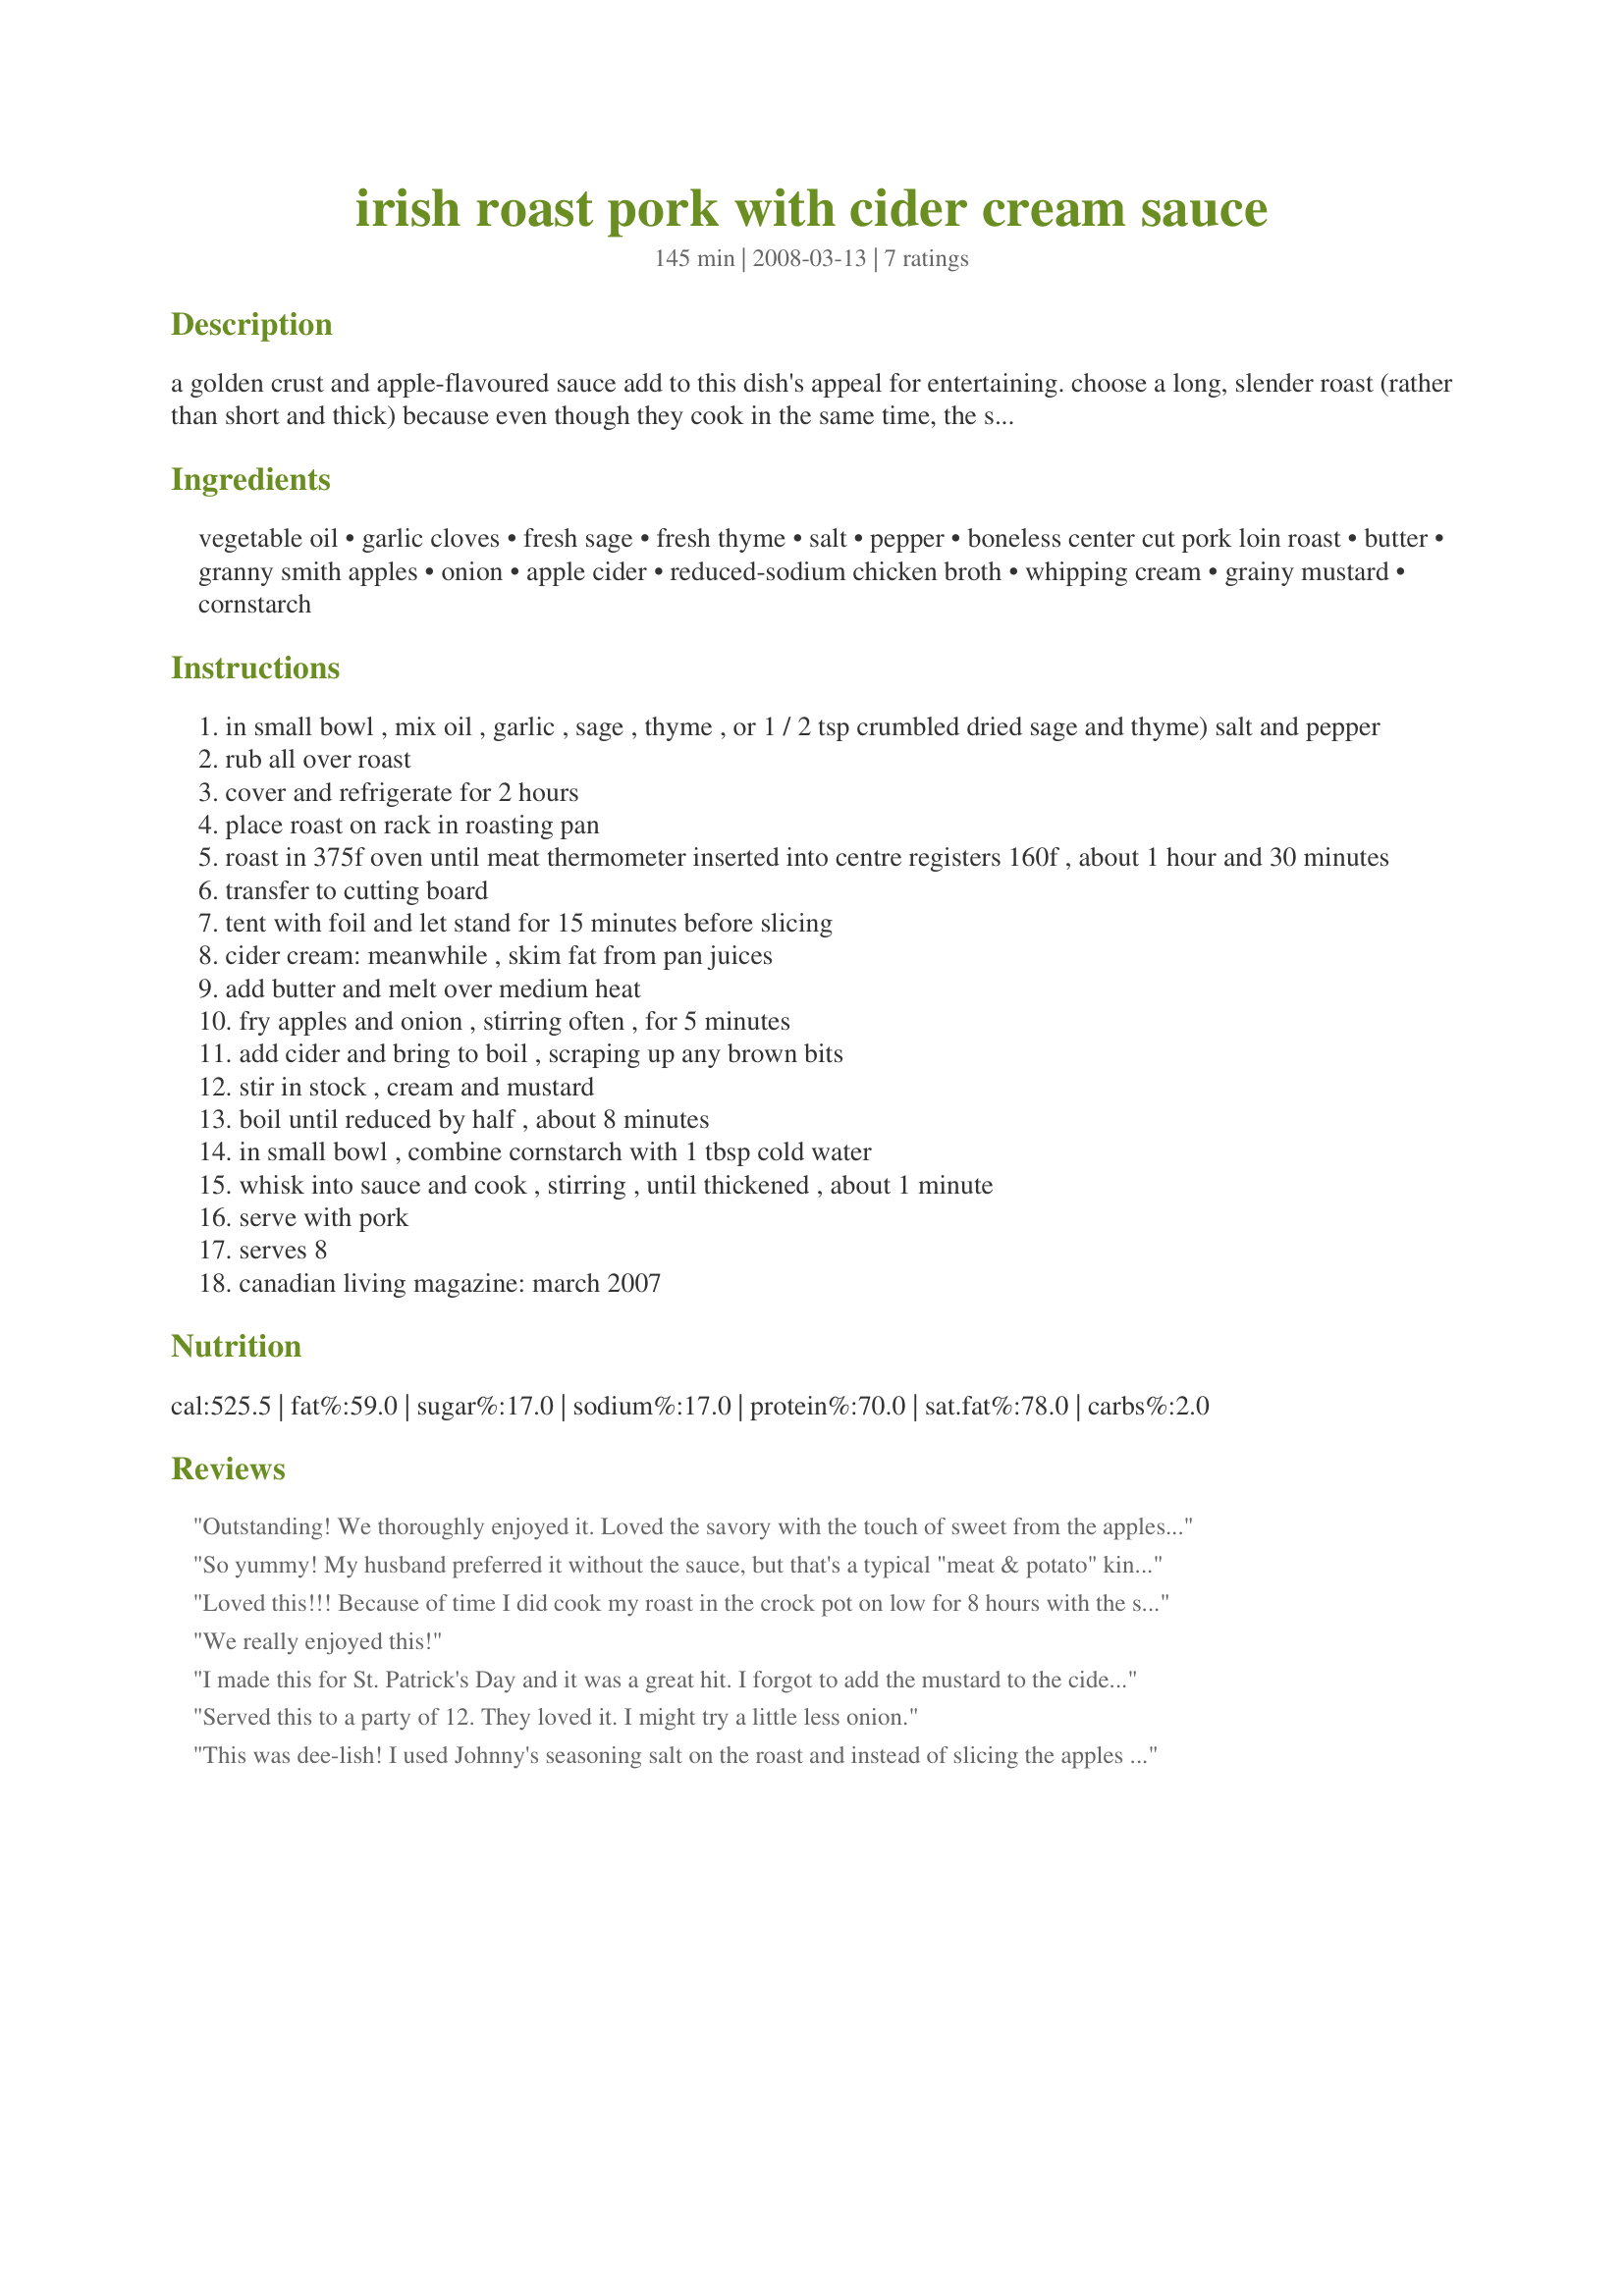
irish roast pork with cider cream sauce
Preparation time: 145 minutes

a golden crust and apple-flavoured sauce add to this dish's appeal for entertaining. choose a long, slender roast (rather than short and thick) because even though they cook in the same time, the slender one will be easier to slice and look more attractive on plates.

Ingredients:
vegetable oil, garlic cloves, fresh sage, fresh thyme, salt, pepper, boneless center cut pork loin roast, butter, granny smith apples, onion, apple cider, reduced-sodium chicken broth, whipping cream, grainy mustard, cornstarch

Steps:
in small bowl , mix oil , garlic , sage , thyme , or 1 / 2 tsp crumbled dried sage and thyme) salt and pepper
rub all over roast
cover and refrigerate for 2 hours
place roast on rack in roasting pan
roast in 375f oven until meat thermometer inserted into centre registers 160f , about 1 hour and 30 minutes
transfer to cutting board
tent with foil and let stand for 15 minutes before slicing
cider cream: meanwhile , skim fat from pan juices
add butter and melt over medium heat
fry apples and onion , stirring often , for 5 minutes
add cider and bring to boil , scraping up any brown bits
stir in stock , cream and mustard
boil until reduced by half , about 8 minutes
in small bowl , combine cornstarch with 1 tbsp cold water
whisk into sauce and cook , stirring , until thickened , about 1 minute
serve with pork
serves 8
canadian living magazine: march 2007

Reviews:
Outstanding! We thoroughly enjoyed it. Loved the savory with the touch of sweet from the apples. I made as recommended with one exception, I used 1/4 C of Calvados instead of apple cider. I knew this would work because I make a similar Wolfgang Puck recipe w/ this liquor. I did bump up the oven temperature to 375Â° because it was taking a bit too long (over 60 mins). I served with a green salad, the gravy over Recipe#255739 and a side of buttered peas. This seasoned pork roast could stand alone w/o the gravy. Just delightful!
So yummy! My husband preferred it without the sauce, but that's a typical "meat & potato" kinda guy for you. Personally, I loved the sauce, it was subtle and didn't overpower the flavor of the roast. Definitely one for the vault!
Loved this!!! Because of time I did cook my roast in the crock pot on low for 8 hours with the seasonings, then made the cream sauce on the stovetop. The flavor was excellent! I used fat free half & half. I strongly recommend the cornstarch to thicken it up. Will make again!!!
We really enjoyed this!
I made this for St. Patrick's Day and it was a great hit. I forgot to add the mustard to the cider sauce but it was still very good. Thank you for the recipe.
Served this to a party of 12. They loved it. I might try a little less onion.
This was dee-lish! I used Johnny's seasoning salt on the roast and instead of slicing the apples I diced them and the onions to the same size. I used fat free half-and-half, and because it has a tendency to break at a simmer, I added about 1/4 cup canned evaporated milk to make a more silky sauce. I used cooking spray rather than the 2 tablespoons of oil to save on fat, and I added some seasoned salt to the sauce. Served with a green salad and Israeli couscous that also had lentils and orzo in it I got from Trader Joes. What a fantastic meal! We will make this again!
